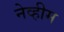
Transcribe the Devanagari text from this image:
नेव्हीम